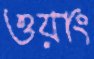
ওয়াং